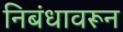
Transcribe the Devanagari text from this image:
निबंधावरून